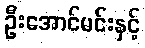
ဦးအောင်မင်းနှင့်